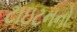
ટાઇટનનો